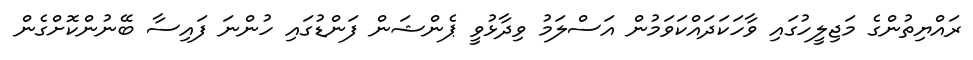
ރައްޔިތުންގެ މަޖިލީހުގައި ވާހަކަދައްކަވަމުން އަސްލަމު ވިދާޅުވީ ޕެންޝަން ފަންޑުގައި ހުންނަ ފައިސާ ބޭނުންކޮށްގެން